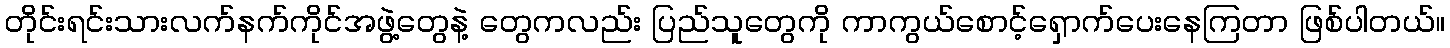
တိုင်းရင်းသားလက်နက်ကိုင်အဖွဲ့တွေနဲ့ တွေကလည်း ပြည်သူတွေကို ကာကွယ်စောင့်ရှောက်ပေးနေကြတာ ဖြစ်ပါတယ်။